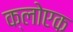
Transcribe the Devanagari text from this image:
क्लोएक